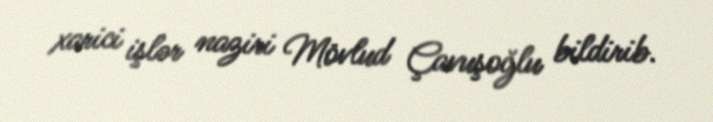
xarici işlər naziri Mövlud Çavuşoğlu bildirib.